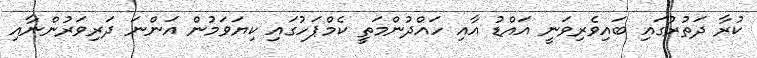
ކުރާ ދަތުރުގައި ބައިވެރިވަނީ އައްޑު އާއި ހައްދުންމަތީ ކެމްޕަހުގައި ކިޔަވަމުން އަންނަ ދަރިވަރުންނާއި